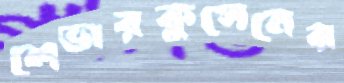
লেভারকুসেনের